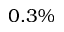
0 . 3 \%